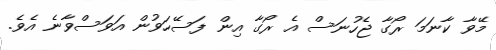
މޭވާ ކާނަމަ ރޯގާ ޖެހުނަސް އެ ރޯގާ އިން ފަސޭހަވުން އަވަސްވާނެ އެވެ.